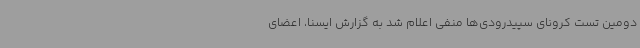
دومین تست کرونای سپیدرودی‌ها منفی اعلام شد به گزارش ایسنا، اعضای